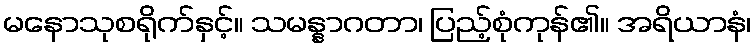
မနောသုစရိုက်နှင့်။ သမန္နာဂတာ၊ ပြည့်စုံကုန်၏။ အရိယာနံ၊